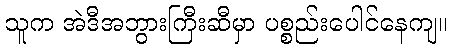
သူက အဲဒီအဘွားကြီးဆီမှာ ပစ္စည်းပေါင်နေကျ။